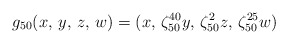
\begin{align*} g_{50}(x,\,y,\, z,\, w)=(x,\, \zeta_{50}^{40}y,\, \zeta_{50}^{2}z,\,\zeta_{50}^{25}w) \end{align*}